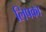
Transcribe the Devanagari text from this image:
लिपका